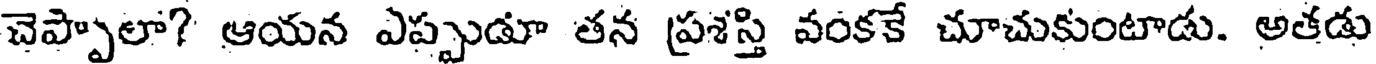
చెప్పాలా? ఆయన ఎప్పుడూ తన ప్రశస్తి వంకకే చూచుకుంటాడు. అతడు